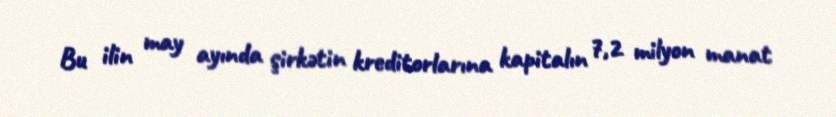
Bu ilin may ayında şirkətin kreditorlarına kapitalın 7,2 milyon manat